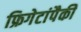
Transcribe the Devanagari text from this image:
फ्रिगेटांपैकी